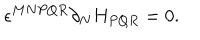
\epsilon ^ { M N P Q R } \partial _ { N } H _ { P Q R } = 0 .